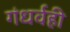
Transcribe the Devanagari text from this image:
गंधर्वही